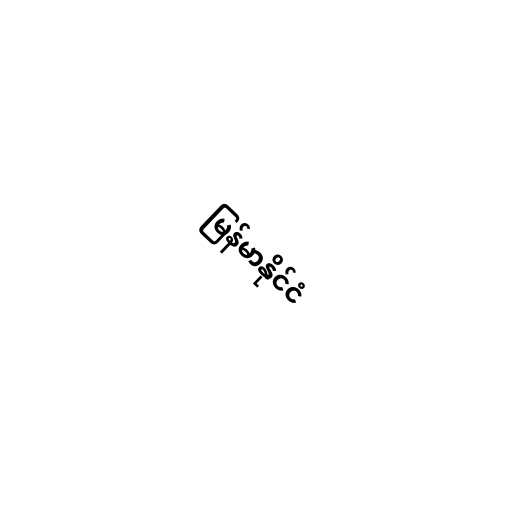
မြန်မာနိုင်ငံ